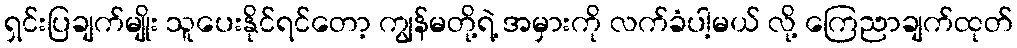
ရှင်းပြချက်မျိုး သူပေးနိုင်ရင်တော့ ကျွန်မတို့ရဲ့ အမှားကို လက်ခံပါ့မယ် လို့ ကြေညာချက်ထုတ်